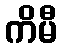
ကိမီ